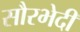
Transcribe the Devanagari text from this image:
सौरभेदी